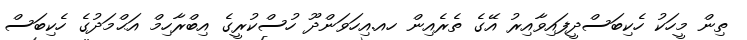
ތިން މީހަކު ހެކިބަސްދީފައިވާއިރު އޭގެ ތެރެއިން ހއ.އިހަވަންދޫ ހުސްކުރީގެ އިބްރާހިމް އަޙްމަދުގެ ހެކިބަސް